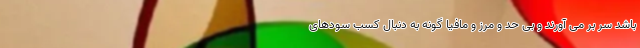
باشد سر بر می آورند و بی حد و مرز و مافیا گونه به دنبال کسب سودهای